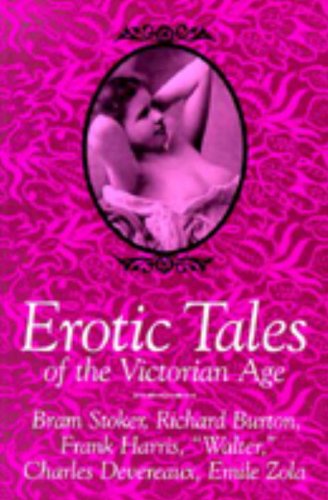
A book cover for Erotic Tales of the Victorian Age; Bram Stoker; Romance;